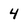
Character: 4